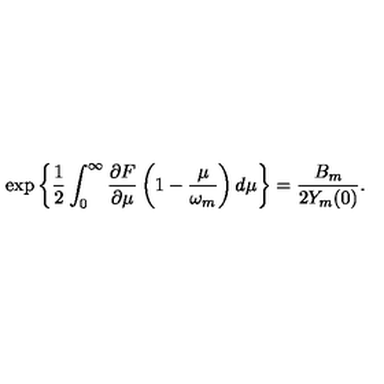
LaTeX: \exp \left\{ \frac { 1 } { 2 } \int _ { 0 } ^ { \infty } \frac { \partial F } { \partial \mu } \left( 1 - \frac { \mu } { \omega _ { m } } \right) d \mu \right\} = \frac { B _ { m } } { 2 Y _ { m } ( 0 ) } .